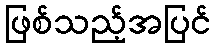
ဖြစ်သည့်အပြင်